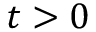
t > 0